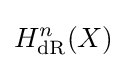
H_{\text{dR}}^{n}(X)